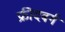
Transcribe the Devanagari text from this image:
फ्रीदबर्ग